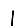
Digit: 1